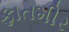
ફાતમીર